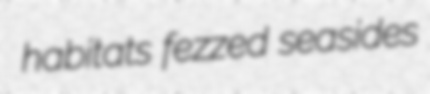
habitats fezzed seasides